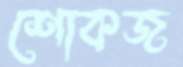
শোকজ